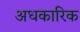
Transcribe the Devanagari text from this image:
अधकारिक